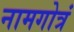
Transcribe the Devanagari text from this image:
नामगोत्रं